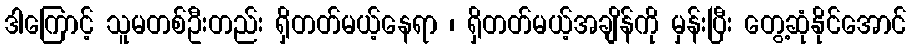
ဒါကြောင့် သူမတစ်ဦးတည်း ရှိတတ်မယ့်နေရာ ၊ ရှိတတ်မယ့်အချိန်ကို မှန်းပြီး တွေ့ဆုံနိုင်အောင်